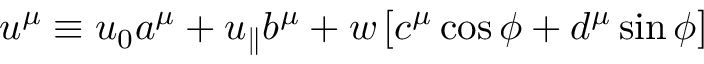
u ^ { \mu } \equiv u _ { 0 } a ^ { \mu } + u _ { \parallel } b ^ { \mu } + w \left[ c ^ { \mu } \cos \phi + d ^ { \mu } \sin \phi \right]